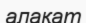
алақат